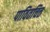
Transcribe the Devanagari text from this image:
पावितचित्त